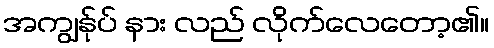
အကျွန်ုပ် နား လည် လိုက်လေတော့၏။